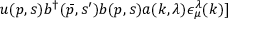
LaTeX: u ( p , s ) b ^ { \dagger } ( \bar { p } , s ^ { \prime } ) b ( p , s ) a ( k , \lambda ) \epsilon _ { \mu } ^ { \lambda } ( k ) ]